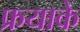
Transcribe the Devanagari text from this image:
फ्रयाके